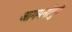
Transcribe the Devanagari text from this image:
आगमनांमुळॆ